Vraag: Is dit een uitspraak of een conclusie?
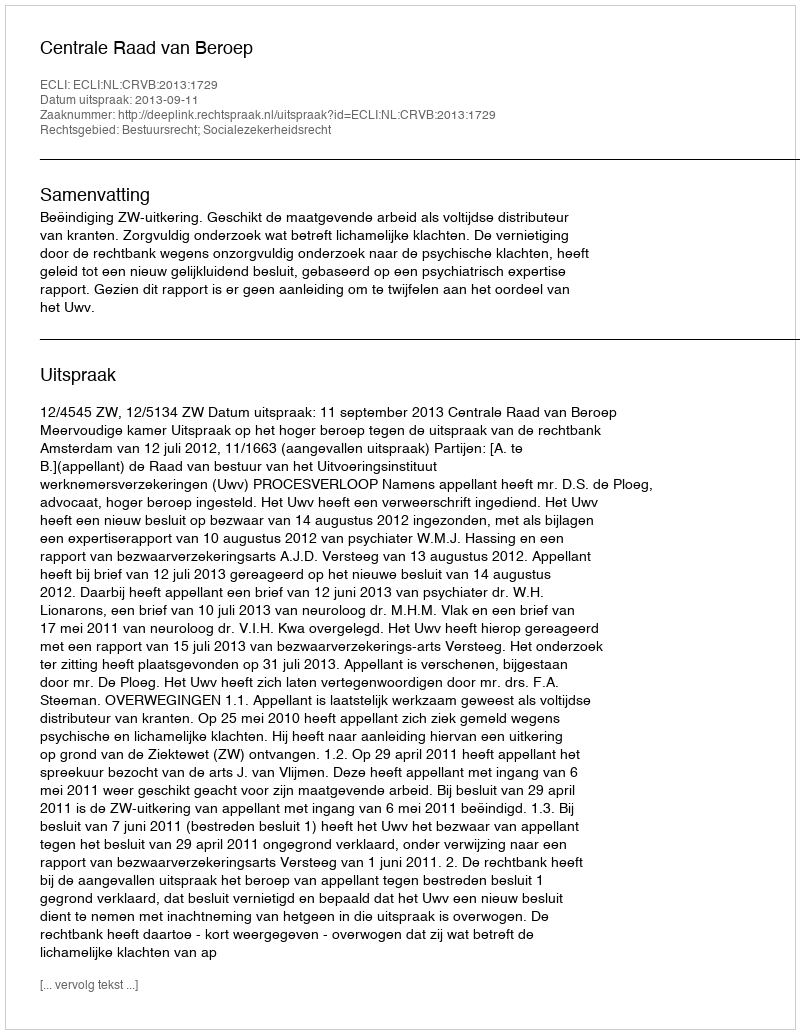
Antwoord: Uitspraak